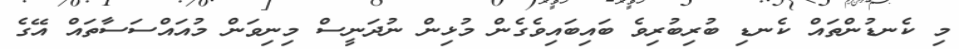
މި ކެނޑުންތައް ކެނޑި ބުރިބުރިވެ ބައިބައިވެގެން މުޅިން ނުދަނީސް މިނިވަން މުއައްސަސާތައް އޭގެ